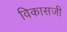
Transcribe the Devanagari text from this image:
विकासजी